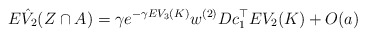
\begin{align*}E \hat{V}_{2}(Z\cap A)&= \gamma e^{-\gamma EV_3(K)}w^{(2)}Dc_1^\top EV_{2}(K)+O(a)\end{align*}